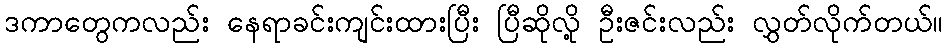
ဒကာတွေကလည်း နေရာခင်းကျင်းထားပြီး ပြီဆိုလို့ ဦးဇင်းလည်း လွှတ်လိုက်တယ်။